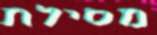
מסילת